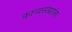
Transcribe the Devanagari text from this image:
काव्यसंग्रहांना